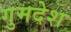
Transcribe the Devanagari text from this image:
गुमदेश